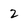
Character: 2